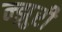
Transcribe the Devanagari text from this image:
न्झुरी